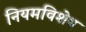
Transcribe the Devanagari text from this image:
नियमविशेष